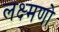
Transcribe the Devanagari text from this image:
लक्ष्मणो